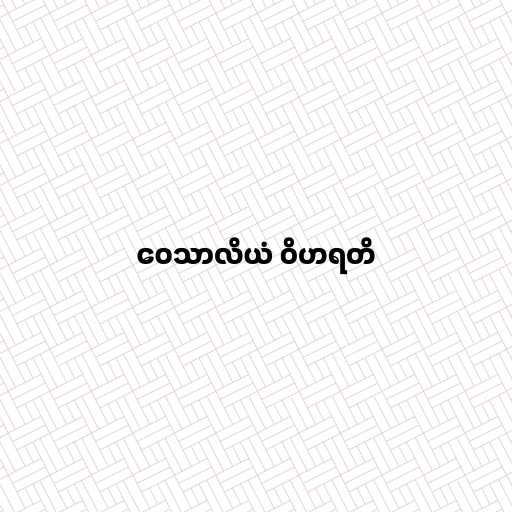
ဝေသာလိယံ ဝိဟရတိ